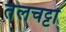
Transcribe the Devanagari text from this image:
तेलचट्टों